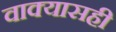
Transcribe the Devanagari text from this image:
वाक्यासही